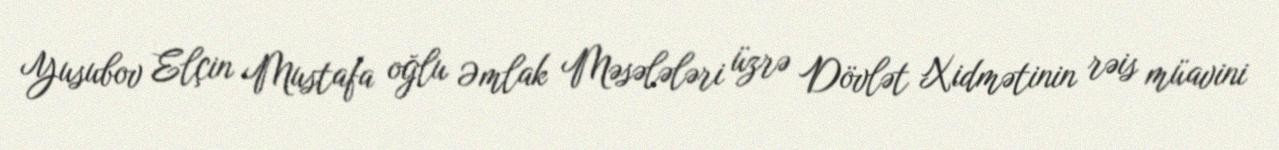
Yusubov Elçin Mustafa oğlu Əmlak Məsələləri üzrə Dövlət Xidmətinin rəis müavini